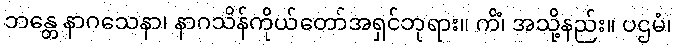
ဘန္တေ နာဂသေနာ၊ နာဂသိန်ကိုယ်တော်အရှင်ဘုရား။ ကိံ၊ အသို့နည်း။ ပဌမံ၊